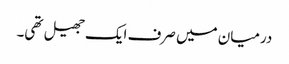
درمیان میں صرف ایک جھیل تھی۔